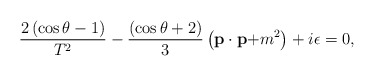
\begin{align*}\frac{2\left( \cos \theta -1\right) }{T^2}-\frac{\left( \cos \theta+2\right) }3\left( \mathbf{p\cdot p+}m^2\right) +i\epsilon =0,\end{align*}